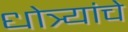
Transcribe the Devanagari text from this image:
धोत्र्यांचे